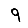
Digit: 9